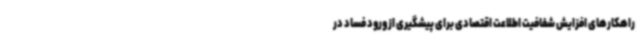
راهکارهای افزایش شفافیت اطلاعت اقتصادی برای پیشگیری از ورود فساد در